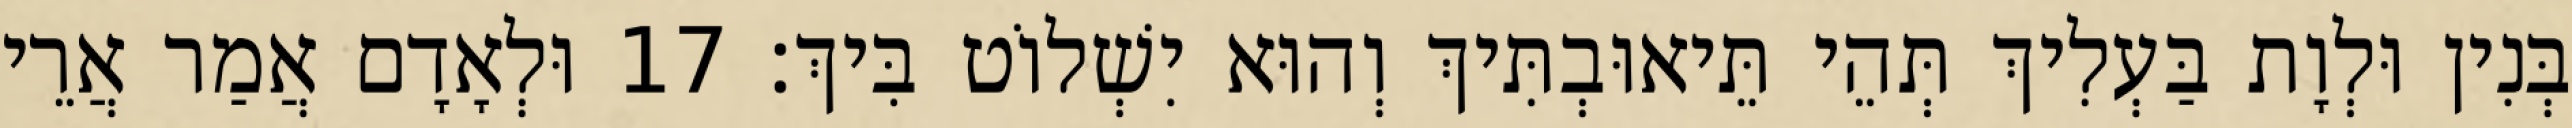
בְּנִין וּלְוָת בַּעְלִיךְ תְּהֵי תֵּיאוּבְתִּיךְ וְהוּא יִשְׁלוֹט בִּיךְ׃ 17 וּלְאָדָם אֲמַר אֲרֵי